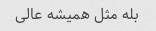
بله مثل همیشه عالی